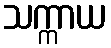
သက္ကာယ